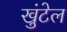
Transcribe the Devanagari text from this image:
खुंटेल